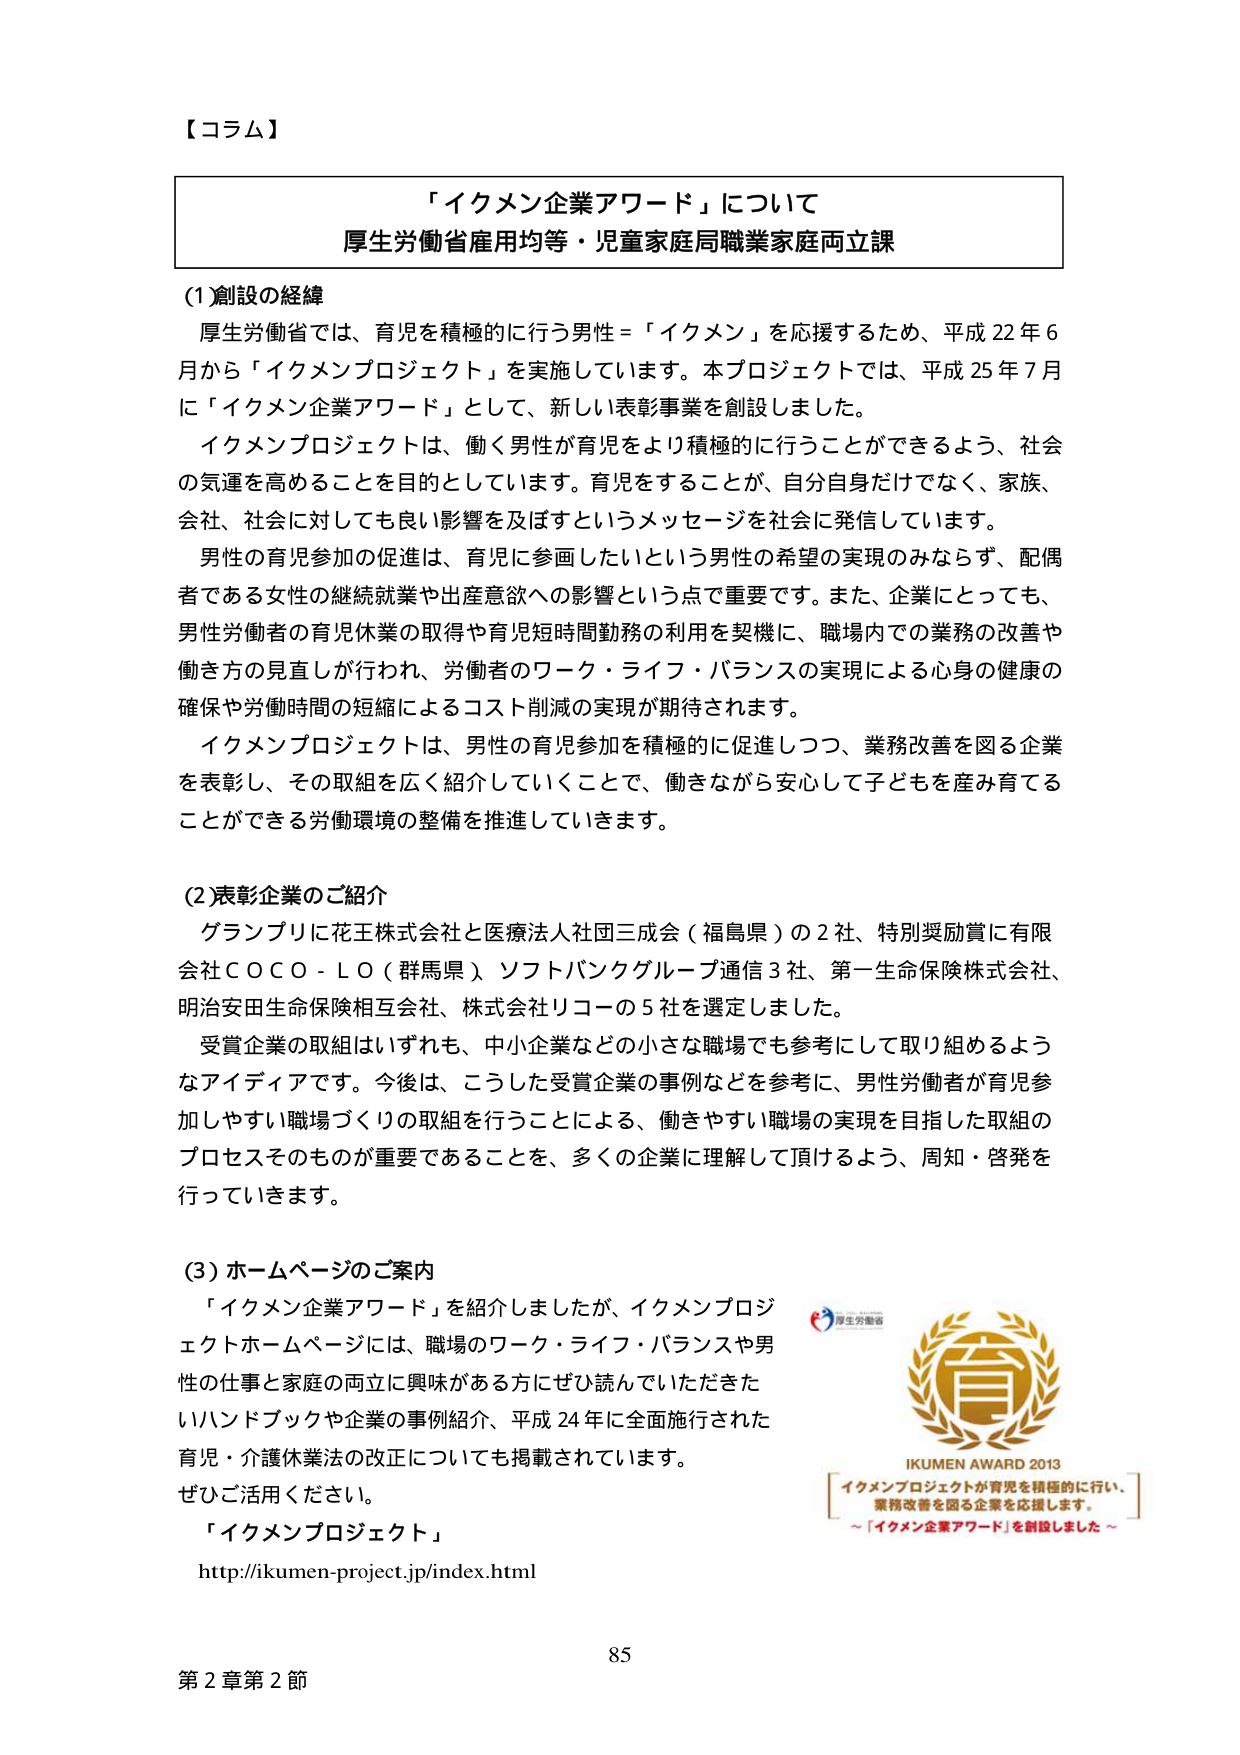
【コラム】

「イクメン企業アワード」について
厚生労働省雇用均等・児童家庭局職業家庭両立課

(1)創設の経緯
厚生労働省では、育児を積極的に行う男性＝「イクメン」を応援するため、平成22年6月から「イクメンプロジェクト」を実施しています。本プロジェクトでは、平成25年7月に「イクメン企業アワード」として、新しい表彰事業を創設しました。
イクメンプロジェクトは、働く男性が育児をより積極的に行うことができるよう、社会の気運を高めることを目的としています。育児をすることが、自分自身だけでなく、家族、会社、社会に対しても良い影響を及ぼすというメッセージを社会に発信しています。
男性の育児参加の促進は、育児に参画したいという男性の希望の実現のみならず、配偶者である女性の継続就業や出産意欲への影響という点で重要です。また、企業にとっても、男性労働者の育児休業の取得や育児短時間勤務の利用を契機に、職場内での業務の改善や働き方の見直しが行われ、労働者のワーク・ライフ・バランスの実現による心身の健康の確保や労働時間の短縮によるコスト削減の実現が期待されます。
イクメンプロジェクトは、男性の育児参加を積極的に促進しつつ、業務改善を図る企業を表彰し、その取組を広く紹介していくことで、働きながら安心して子どもを産み育てることができる労働環境の整備を推進していきます。

(2)表彰企業のご紹介
グランプリに花王株式会社と医療法人社団三成会（福島県）の2社、特別奨励賞に有限会社ＣＯＣＯ－ＬＯ（群馬県）、ソフトバンクグループ通信3社、第一生命保険株式会社、明治安田生命保険相互会社、株式会社リコーの5社を選定しました。
受賞企業の取組はいずれも、中小企業などの小さな職場でも参考にして取り組めるようなアイディアです。今後は、こうした受賞企業の事例などを参考に、男性労働者が育児参加しやすい職場づくりの取組を行うことによる、働きやすい職場の実現を目指した取組のプロセスそのものが重要であることを、多くの企業に理解して頂けるよう、周知・啓発を行っていきます。

(3)ホームページのご案内
「イクメン企業アワード」を紹介しましたが、イクメンプロジェクトホームページには、職場のワーク・ライフ・バランスや男性の仕事と家庭の両立に興味がある方にぜひ読んでいただきたいハンドブックや企業の事例紹介、平成24年に全面施行された育児・介護休業法の改正についても掲載されています。ぜひご活用ください。
「イクメンプロジェクト」
http://ikumen-project.jp/index.html

厚生労働省
IKUMEN AWARD 2013
[イクメンプロジェクトが育児を積極的に行い、業務改善を図る企業を応援します。
～「イクメン企業アワード」を創設しました～]

第2章第2節
85